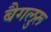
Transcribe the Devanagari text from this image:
बैगलुरू